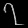
Digit: ၇